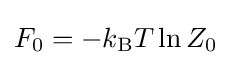
F_{0}=-k_{\text{B}}T\ln Z_{0}